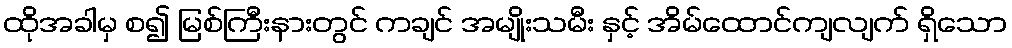
ထိုအခါမှ စ၍ မြစ်ကြီးနားတွင် ကချင် အမျိုးသမီး နှင့် အိမ်ထောင်ကျလျက် ရှိသော